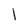
Character: l